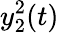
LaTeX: y_{2}^{2}(t)